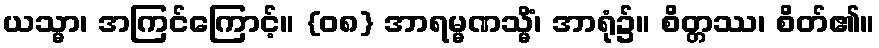
ယသ္မာ၊ အကြင်ကြောင့်။ {၀၈} အာရမ္မဏသ္မိံ၊ အာရုံ၌။ စိတ္တဿ၊ စိတ်၏။